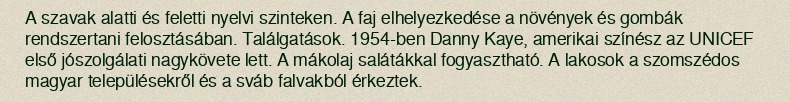
A szavak alatti és feletti nyelvi szinteken. A faj elhelyezkedése a növények és gombák rendszertani felosztásában. Találgatások. 1954-ben Danny Kaye, amerikai színész az UNICEF első jószolgálati nagykövete lett. A mákolaj salátákkal fogyasztható. A lakosok a szomszédos magyar településekről és a sváb falvakból érkeztek.